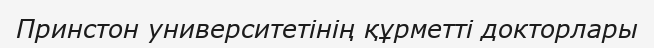
Принстон университетінің құрметті докторлары